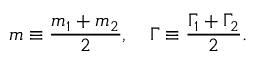
m \equiv { \frac { m _ { 1 } + m _ { 2 } } { 2 } } , \ \ \ \Gamma \equiv { \frac { \Gamma _ { 1 } + \Gamma _ { 2 } } { 2 } } .